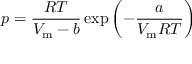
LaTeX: p = { \frac { R T } { V _ { \mathrm { m } } - b } } \exp \left( - { \frac { a } { V _ { \mathrm { m } } R T } } \right)